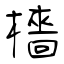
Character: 檣